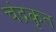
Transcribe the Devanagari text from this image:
चंद्रकृत